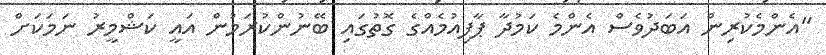
"އެންމެކުރިން އަބަދުވެސް އެންމެ ކަމުދާ ޕާފިއުމެއްގެ ގޮތުގައި ބޭނުންކުރަމުން އައީ ކަޝްމީރު ނަމަކަށް